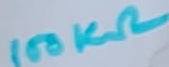
Text: 100KΩ